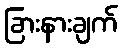
ခြားနားချက်